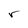
Character: r